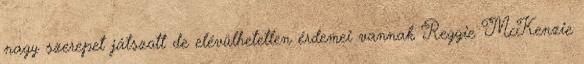
nagy szerepet játszott de elévülhetetlen érdemei vannak Reggie McKenzie